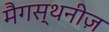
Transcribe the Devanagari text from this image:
मैगस्थनीज़